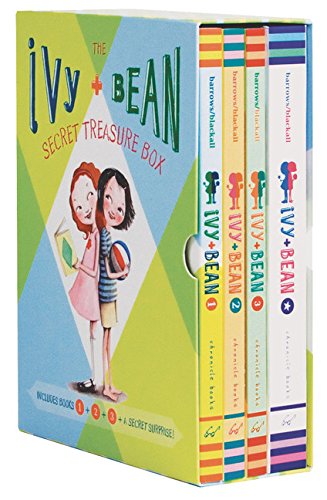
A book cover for Ivy & Bean's Secret Treasure Box (Books 1-3); Annie Barrows; Children's Books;